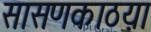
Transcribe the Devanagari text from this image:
सासणकाठय़ा